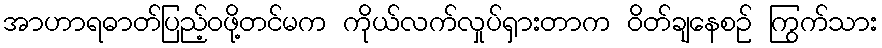
အာဟာရဓာတ်ပြည့်ဝဖို့တင်မက ကိုယ်လက်လှုပ်ရှားတာက ဝိတ်ချနေစဉ် ကြွက်သား